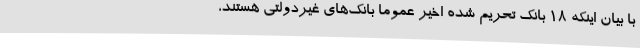
با بیان اینکه 18 بانک تحریم شده اخیر عموما بانک‌های غیردولتی هستند،